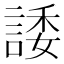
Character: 諉